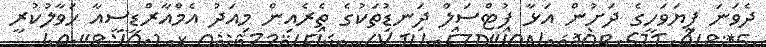
ދެވަނަ ފިޔަވަހީގެ ދަށުން އަޅާ ފުޓްސަލް ދަނޑުތަކުގެ ތެރެއިން މިއަދު އެމްއާރްޑީސީއާ ހަވާލުކުރީ